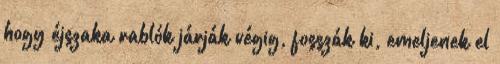
hogy éjszaka rablók járják végig, fosszák ki, emeljenek el